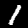
Label: 1